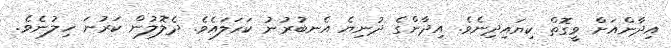
އިދާންއަށް ވީގޮތް ކިޔައިދިނެވެ. އިދާންގެ ދުނިޔެ އެނބުރުނު ކަހަލައެވެ. ދެލޮލުން ކަރުނަ ހިލުނެވެ.